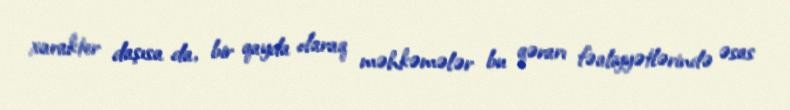
xarakter daşısa da, bir qayda olaraq məhkəmələr bu qərarı fəaliyyətlərində əsas